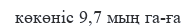
көкөніс 9,7 мың га-ға